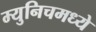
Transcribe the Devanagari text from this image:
म्युनिचमध्ये